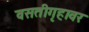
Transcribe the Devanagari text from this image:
वसतीगृहावर